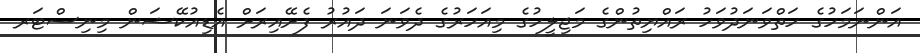
އަންނަމަހުގެ ހަތްވަނަދުވަހު ރައްޔިތުންގެ މަޖިލީހުގެ މިއަހަރުގެ ދެވަނަ ދައުރު ފެށޭއިރަށް އެޑިއުކޭޝަން މިނިސްޓަރ